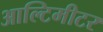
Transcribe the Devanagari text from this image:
आल्टिमीटर